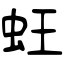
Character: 蚟